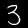
Digit: 3